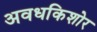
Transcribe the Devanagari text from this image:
अवधकिशोर